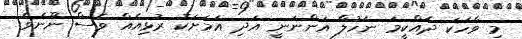
މި ވާހަކަ ދެއްކީމަ ނަހުލާ އަންނަނީ އަދި އަމަށަކު ރުޅިއެއް ވެސް ނޫނެވެ.